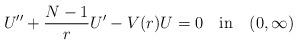
LaTeX: \begin{align*}U''+\frac{N-1}{r}U'-V(r)U=0\quad\mbox{in}\quad(0,\infty)\end{align*}